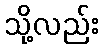
သို့လည်း